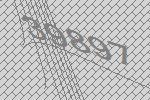
39897